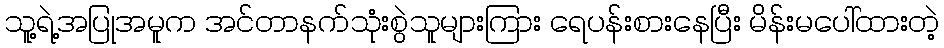
သူ့ရဲ့အပြုအမူက အင်တာနက်သုံးစွဲသူများကြား ရေပန်းစားနေပြီး မိန်းမပေါ်ထားတဲ့